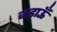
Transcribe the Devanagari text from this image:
जड़ाऊँ